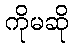
ကိုမဆို